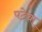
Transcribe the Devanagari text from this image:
पटेवा